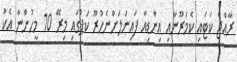
ރާއްޖެ ކަޓައި ކެމަރޫނާއި އިންޑިއާ ފައިނަލަށްނެހުރޫ ކަޕްގައި މިރޭ 10 މީހުންނާ އެކު